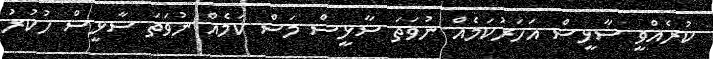
ކުރެއްވީ ސާޅީސް އަހަރުކަމެއް ނުވަތަ ސާޅީސް މަސް ކަމެއް ނުވަތަ ސާޅީސް ހުކުރު